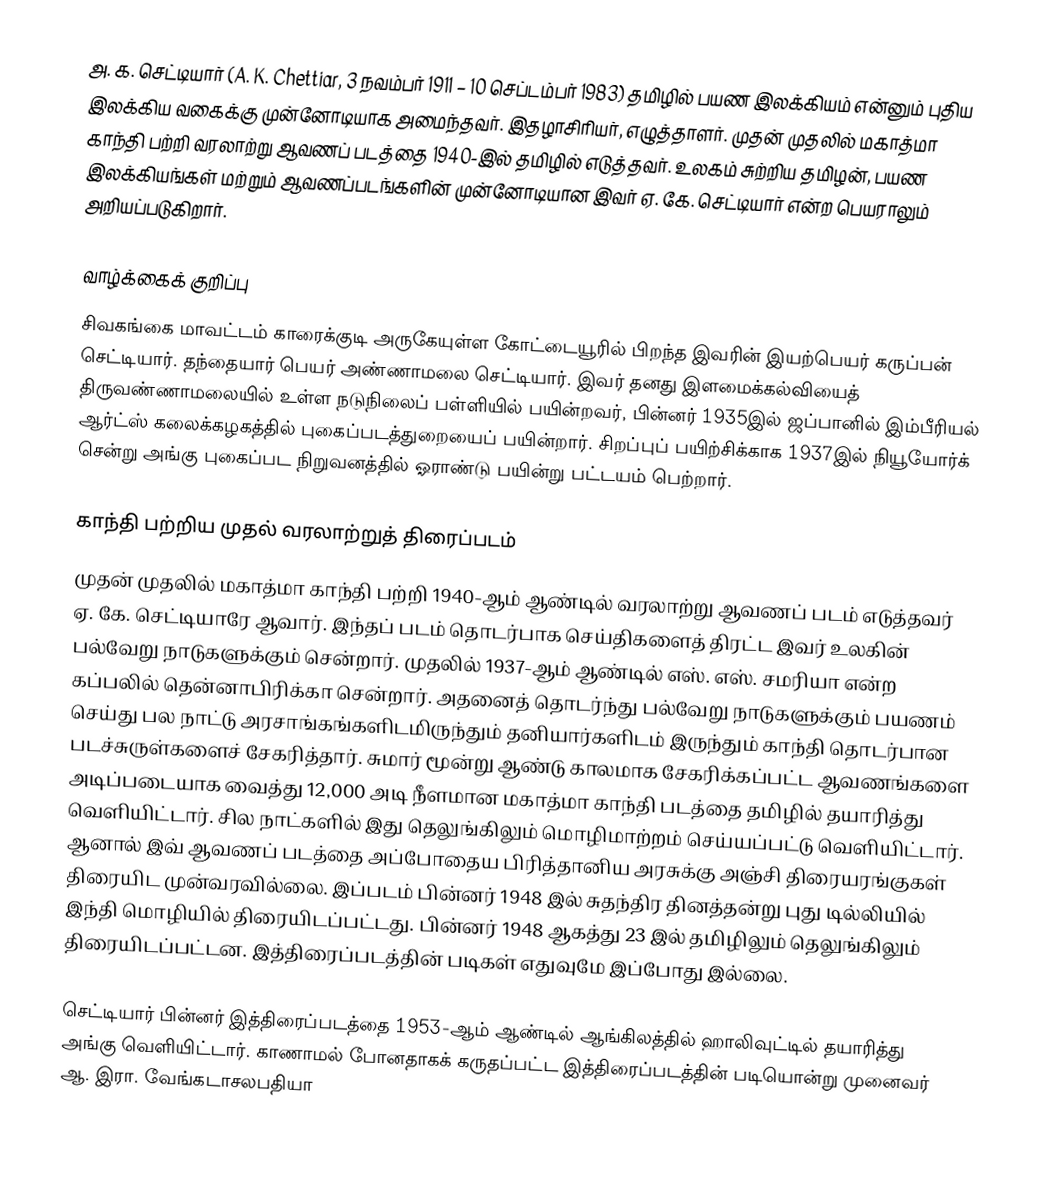
அ. க. செட்டியார் (A. K. Chettiar, 3 நவம்பர் 1911 – 10 செப்டம்பர் 1983) தமிழில் பயண இலக்கியம் என்னும் புதிய இலக்கிய வகைக்கு முன்னோடியாக அமைந்தவர். இதழாசிரியர், எழுத்தாளர். முதன் முதலில் மகாத்மா காந்தி பற்றி வரலாற்று ஆவணப் படத்தை 1940-இல் தமிழில் எடுத்தவர். உலகம் சுற்றிய தமிழன், பயண இலக்கியங்கள் மற்றும் ஆவணப்படங்களின் முன்னோடியான இவர் ஏ. கே. செட்டியார் என்ற பெயராலும் அறியப்படுகிறார்.

வாழ்க்கைக் குறிப்பு
சிவகங்கை மாவட்டம் காரைக்குடி அருகேயுள்ள கோட்டையூரில் பிறந்த இவரின் இயற்பெயர் கருப்பன் செட்டியார். தந்தையார் பெயர் அண்ணாமலை செட்டியார். இவர் தனது இளமைக்கல்வியைத் திருவண்ணாமலையில் உள்ள நடுநிலைப் பள்ளியில் பயின்றவர், பின்னர் 1935இல் ஜப்பானில் இம்பீரியல் ஆர்ட்ஸ் கலைக்கழகத்தில் புகைப்படத்துறையைப் பயின்றார். சிறப்புப் பயிற்சிக்காக 1937இல் நியூயோர்க் சென்று அங்கு புகைப்பட நிறுவனத்தில் ஓராண்டு பயின்று பட்டயம் பெற்றார்.

காந்தி பற்றிய முதல் வரலாற்றுத் திரைப்படம்
முதன் முதலில் மகாத்மா காந்தி பற்றி 1940-ஆம் ஆண்டில் வரலாற்று ஆவணப் படம் எடுத்தவர் ஏ. கே. செட்டியாரே ஆவார். இந்தப் படம் தொடர்பாக செய்திகளைத் திரட்ட இவர் உலகின் பல்வேறு நாடுகளுக்கும் சென்றார். முதலில் 1937-ஆம் ஆண்டில் எஸ். எஸ். சமரியா என்ற கப்பலில் தென்னாபிரிக்கா சென்றார். அதனைத் தொடர்ந்து பல்வேறு நாடுகளுக்கும் பயணம் செய்து பல நாட்டு அரசாங்கங்களிடமிருந்தும் தனியார்களிடம் இருந்தும் காந்தி தொடர்பான படச்சுருள்களைச் சேகரித்தார். சுமார் மூன்று ஆண்டு காலமாக சேகரிக்கப்பட்ட ஆவணங்களை அடிப்படையாக வைத்து 12,000 அடி நீளமான மகாத்மா காந்தி படத்தை தமிழில் தயாரித்து வெளியிட்டார். சில நாட்களில் இது தெலுங்கிலும் மொழிமாற்றம் செய்யப்பட்டு வெளியிட்டார். ஆனால் இவ் ஆவணப் படத்தை அப்போதைய பிரித்தானிய அரசுக்கு அஞ்சி திரையரங்குகள் திரையிட முன்வரவில்லை. இப்படம் பின்னர் 1948 இல் சுதந்திர தினத்தன்று புது டில்லியில் இந்தி மொழியில் திரையிடப்பட்டது. பின்னர் 1948 ஆகத்து 23 இல் தமிழிலும் தெலுங்கிலும் திரையிடப்பட்டன. இத்திரைப்படத்தின் படிகள் எதுவுமே இப்போது இல்லை.

செட்டியார் பின்னர் இத்திரைப்படத்தை 1953-ஆம் ஆண்டில் ஆங்கிலத்தில் ஹாலிவுட்டில் தயாரித்து அங்கு வெளியிட்டார். காணாமல் போனதாகக் கருதப்பட்ட இத்திரைப்படத்தின் படியொன்று முனைவர் ஆ. இரா. வேங்கடாசலபதியா